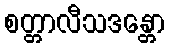
စတ္တာလီသဒန္တော